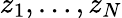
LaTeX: z_{1},\dots,z_{N}